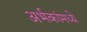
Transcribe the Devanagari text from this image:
अर्भकांमध्ये